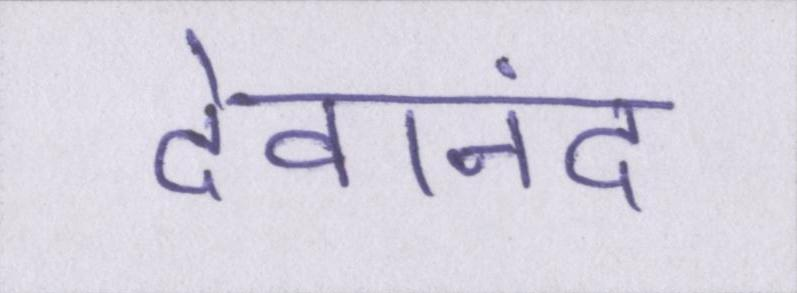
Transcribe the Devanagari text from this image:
देवानंद